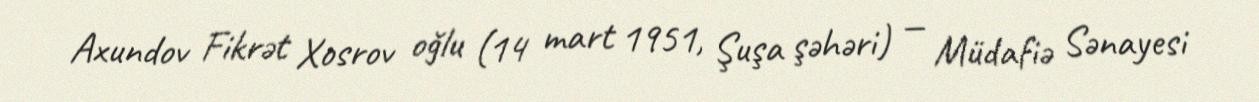
Axundov Fikrət Xosrov oğlu (14 mart 1951, Şuşa şəhəri) — Müdafiə Sənayesi